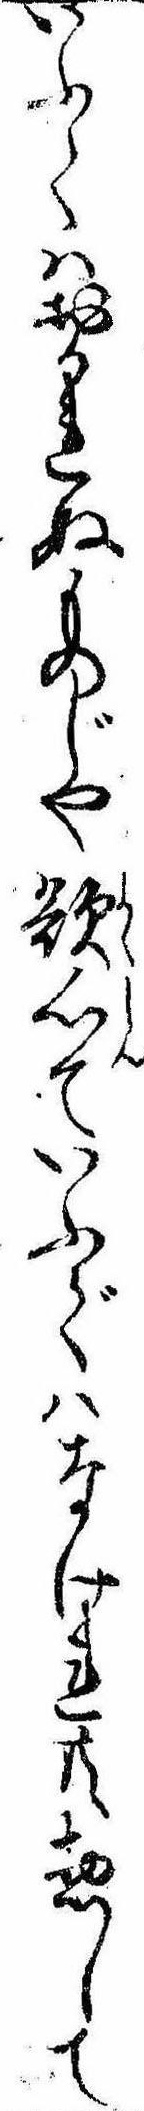
いふてはおかれぬものじや欲心ていふではなけれ共惣して